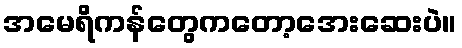
အမေရိကန်တွေကတော့အေးဆေးပဲ။